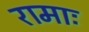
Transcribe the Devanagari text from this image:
रामाः